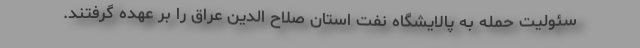
سئولیت حمله به پالایشگاه نفت استان صلاح الدین عراق را بر عهده گرفتند.